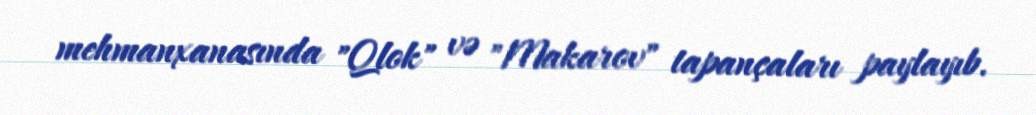
mehmanxanasında "Qlok" və "Makarov" tapançaları paylayıb.